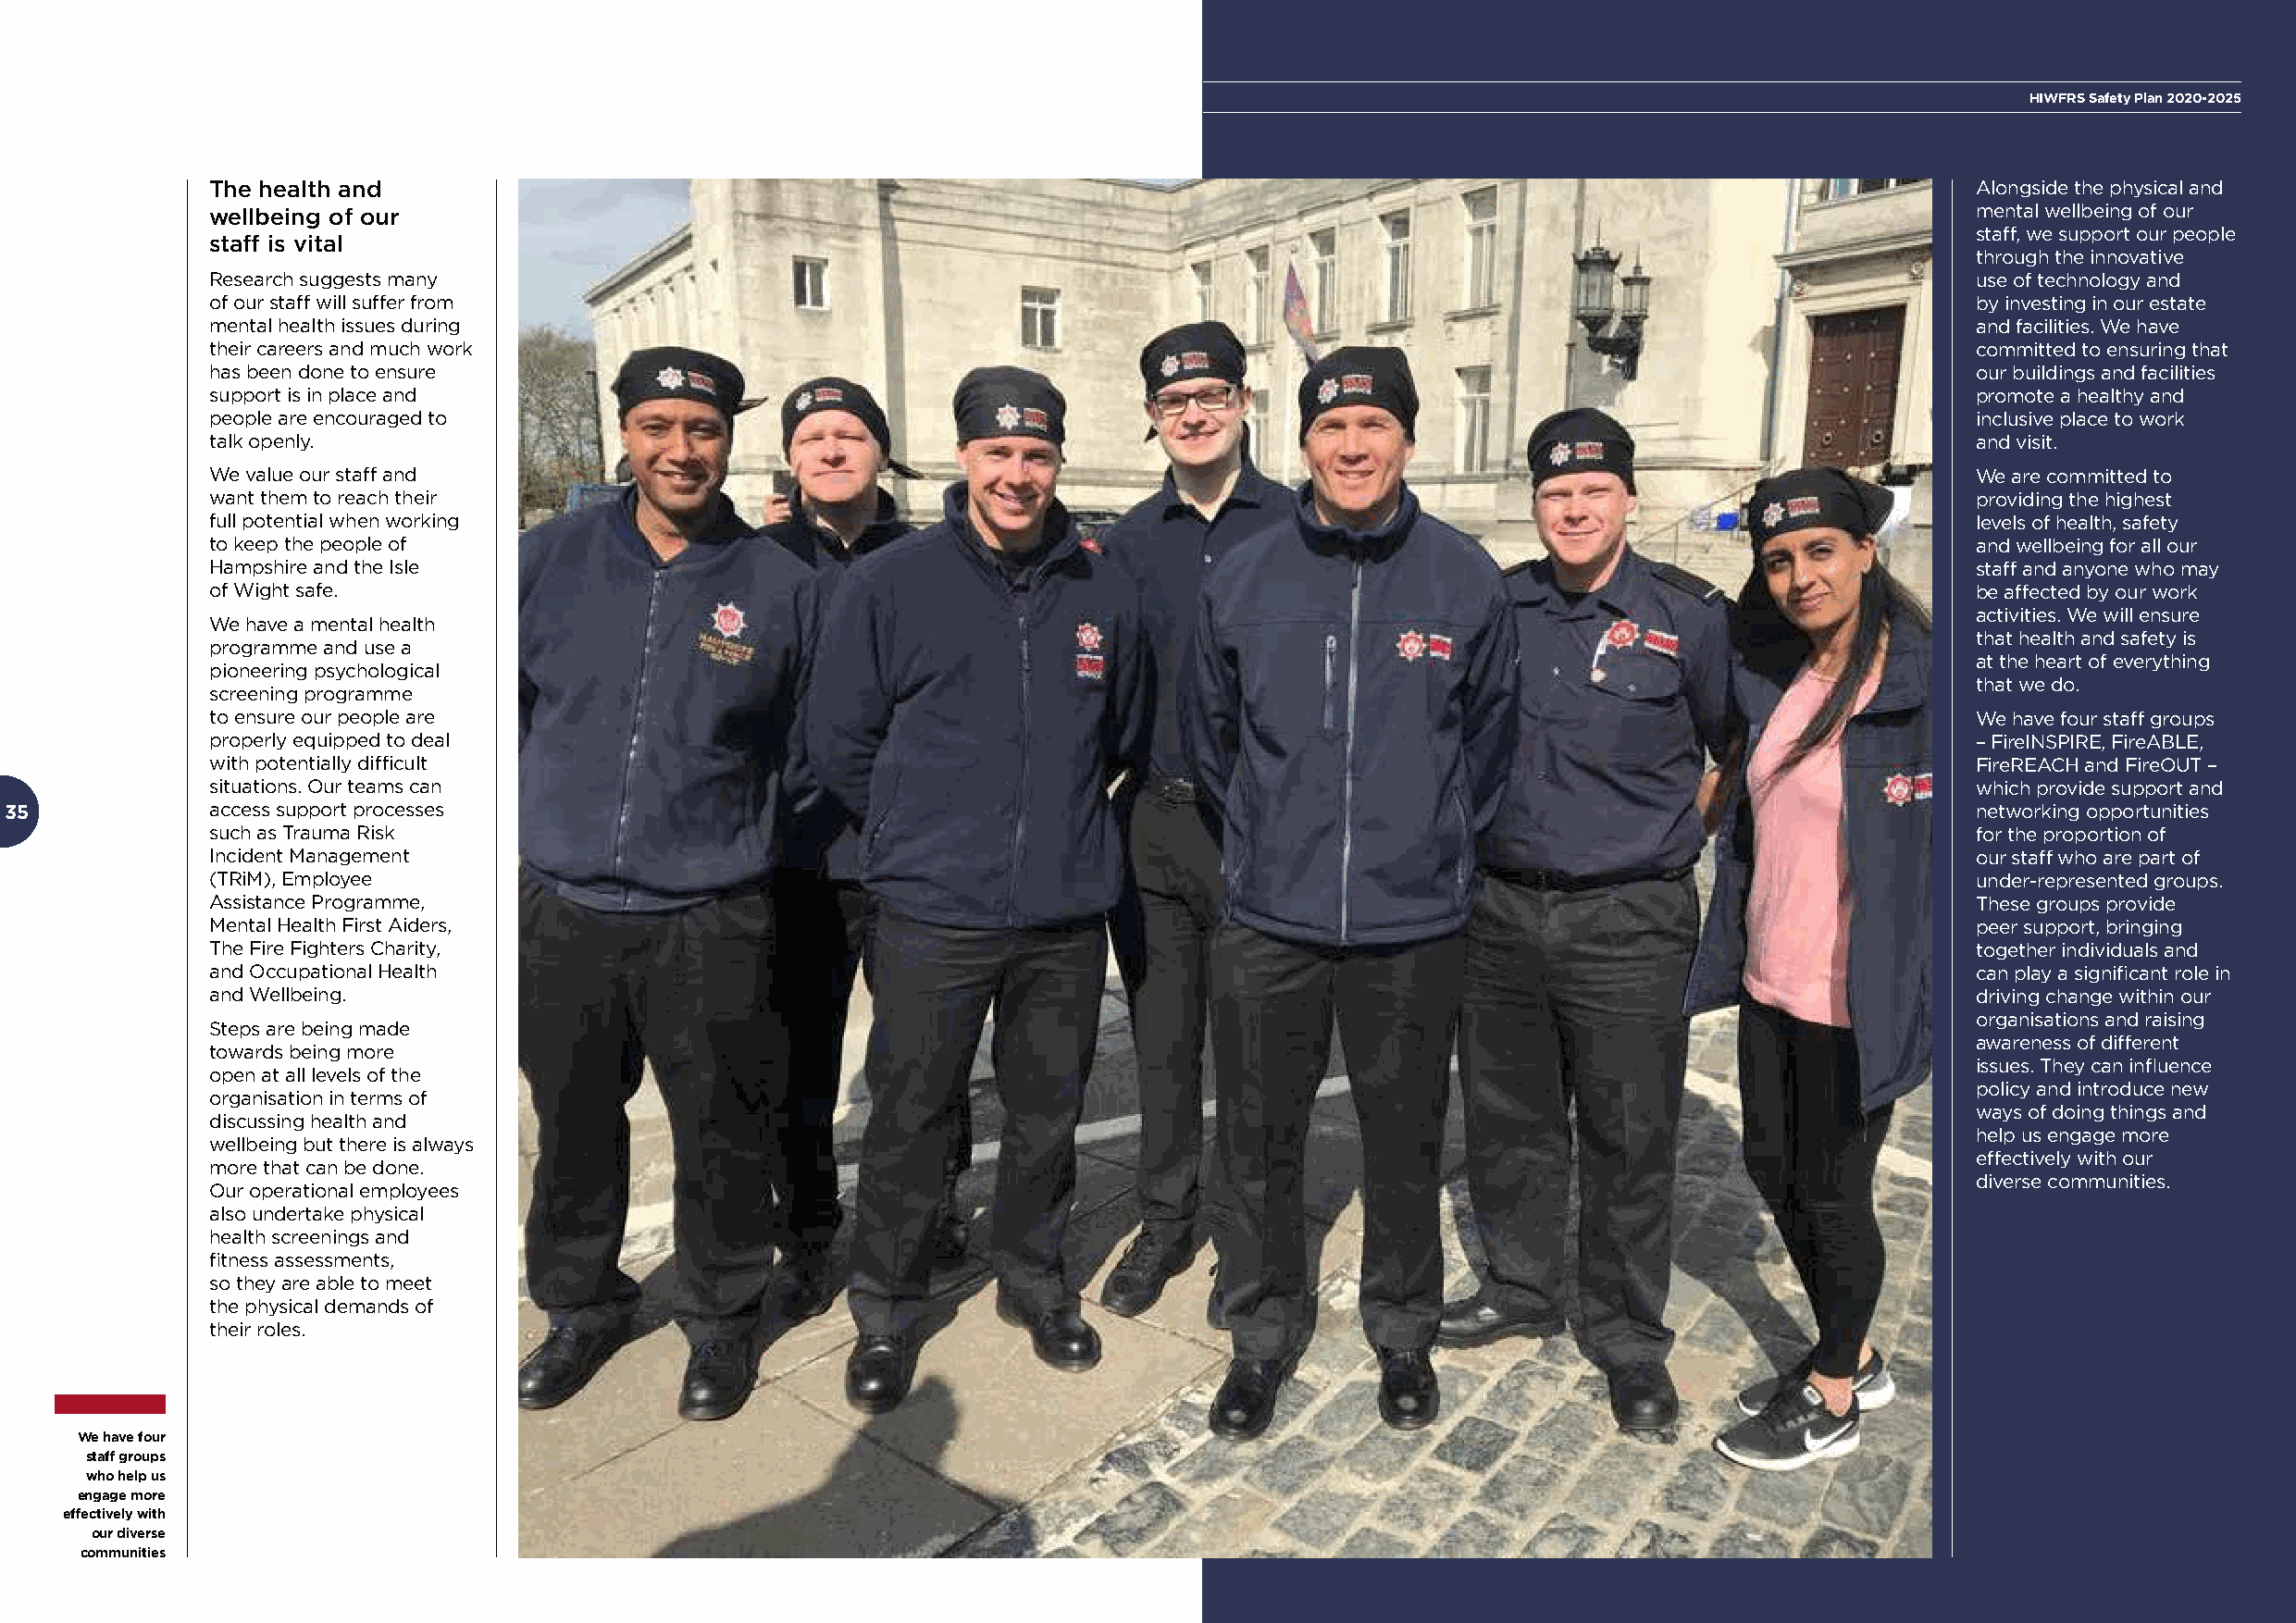
HIWFRS Safety Plan 2020-2025
 The health and                                                                                                                Alongside the physical and
 wellbeing of our                                                                                                              mental wellbeing of our
 staff, we support our people
 staff is vital
 through the innovative
 Research suggests many                                                                                                        use of technology and
 of our staff will suffer from                                                                                                 by investing in our estate
 mental health issues during                                                                                                   and facilities. We have
 their careers and much work                                                                                                   committed to ensuring that
 has been done to ensure                                                                                                       our buildings and facilities
 support is in place and                                                                                                       promote a healthy and
 people are encouraged to                                                                                                      inclusive place to work
 talk openly.                                                                                                                  and visit.
 We value our staff and                                                                                                        We are committed to
 want them to reach their                                                                                                      providing the highest
 full potential when working                                                                                                   levels of health, safety
 to keep the people of                                                                                                         and wellbeing for all our
 Hampshire and the Isle                                                                                                        staff and anyone who may
 of Wight safe.                                                                                                                be affected by our work
 activities. We will ensure
 We have a mental health
 that health and safety is
 programme and use a
 at the heart of everything
 pioneering psychological
 that we do.
 screening programme
 to ensure our people are                                                                                                      We have four staff groups
 properly equipped to deal                                                                                                     – FireINSPIRE, FireABLE,
 with potentially difficult                                                                                                    FireREACH and FireOUT –
 situations. Our teams can                                                                                                     which provide support and
 35             access support processes                                                                                                      networking opportunities
 such as Trauma Risk                                                                                                           for the proportion of
 Incident Management                                                                                                           our staff who are part of
 (TRiM), Employee                                                                                                              under-represented groups.
 Assistance Programme,                                                                                                         These groups provide
 Mental Health First Aiders,                                                                                                   peer support, bringing
 The Fire Fighters Charity,                                                                                                    together individuals and
 and Occupational Health                                                                                                       can play a significant role in
 and Wellbeing.                                                                                                                driving change within our
 organisations and raising
 Steps are being made
 awareness of different
 towards being more
 issues. They can influence
 open at all levels of the
 policy and introduce new
 organisation in terms of
 ways of doing things and
 discussing health and
 help us engage more
 wellbeing but there is always
 effectively with our
 more that can be done.
 diverse communities.
 Our operational employees
 also undertake physical
 health screenings and
 fitness assessments,
 so they are able to meet
 the physical demands of
 their roles.
 We have four
 staff groups
 who help us
 engage more
 effectively with
 our diverse
 communities